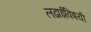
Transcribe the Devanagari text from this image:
लढाईविषयी